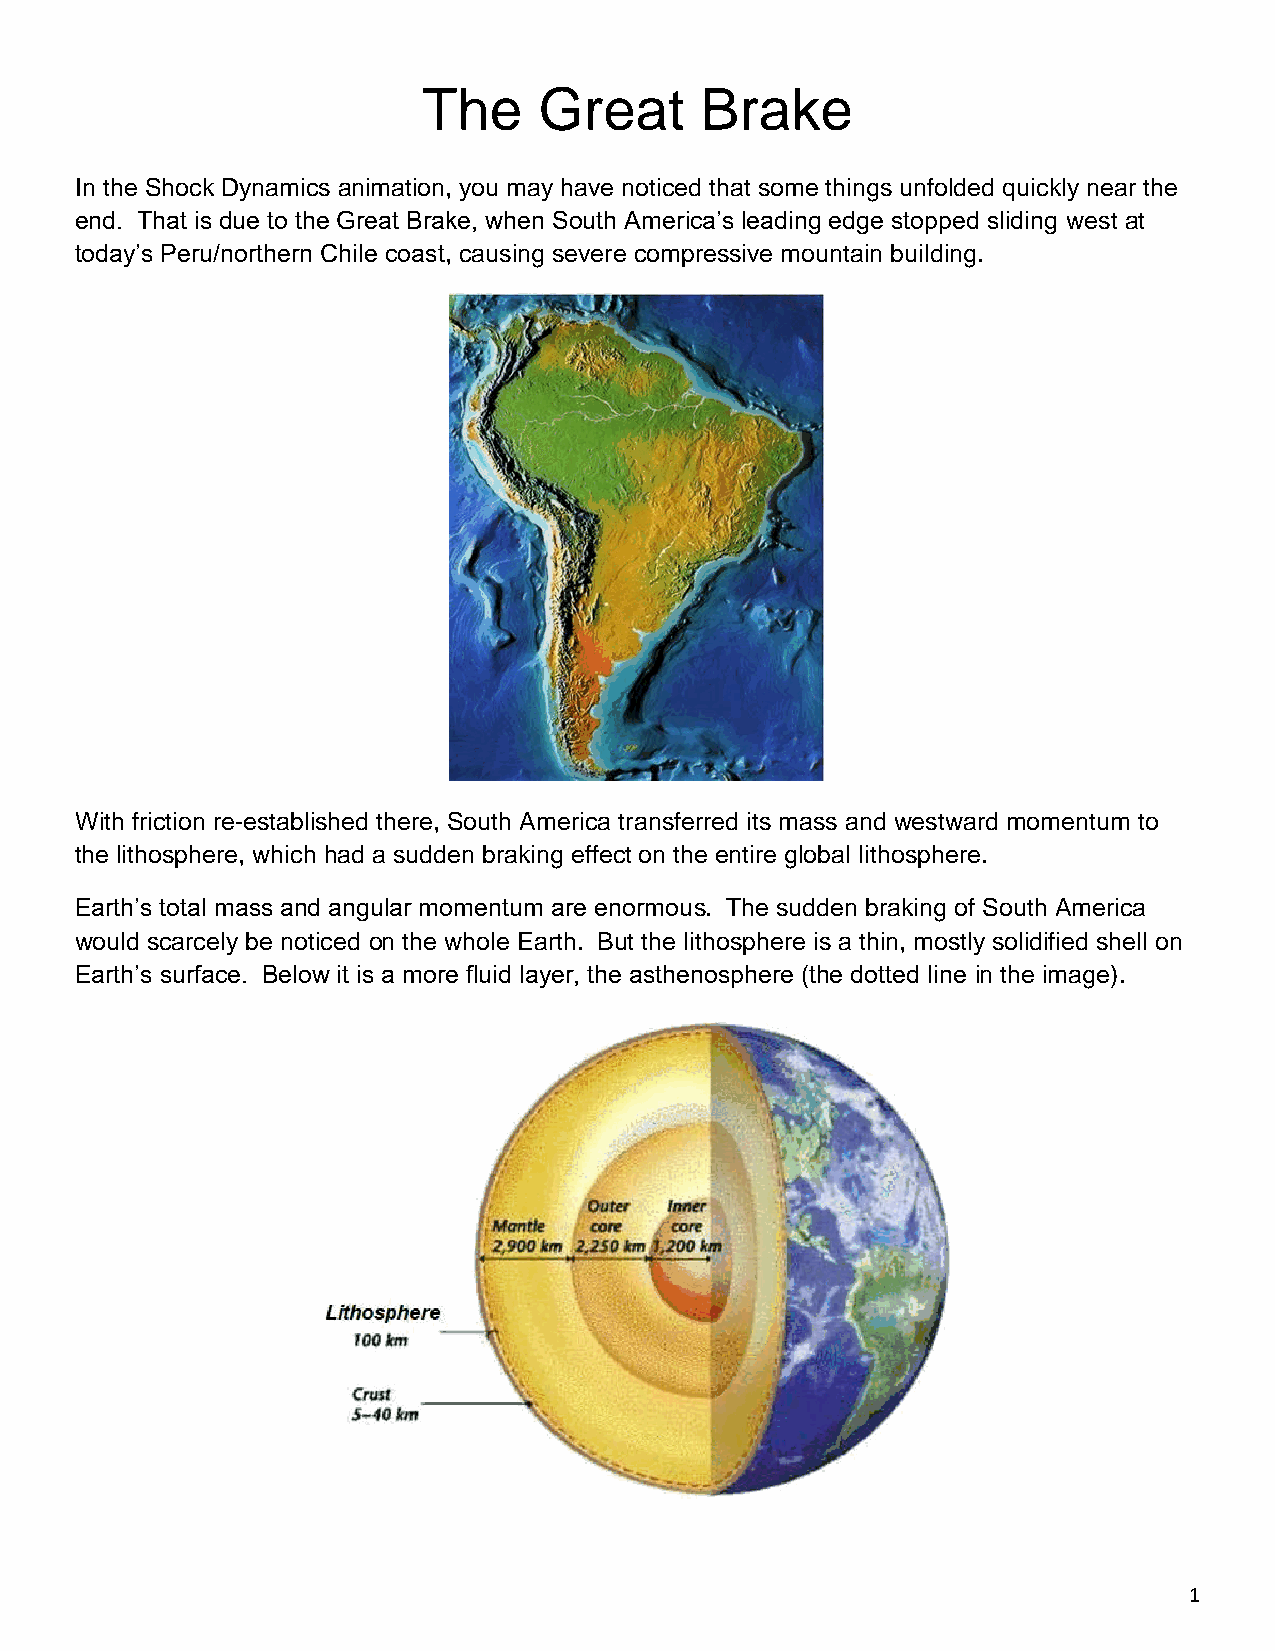
The     Great     Brake
 In the Shock Dynamics animation, you may have noticed that some things unfolded quickly near the
 end. That is due to the Great Brake, when South America’s leading edge stopped sliding west at
 today’s Peru/northern Chile coast, causing severe compressive mountain building.
 With friction re-established there, South America transferred its mass and westward momentum to
 the lithosphere, which had a sudden braking effect on the entire global lithosphere.
 Earth’s total mass and angular momentum are enormous. The sudden braking of South America
 would scarcely be noticed on the whole Earth. But the lithosphere is a thin, mostly solidified shell on
 Earth’s surface. Below it is a more fluid layer, the asthenosphere (the dotted line in the image).
 1